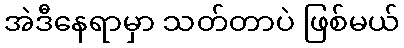
အဲဒီနေရာမှာ သတ်တာပဲ ဖြစ်မယ်